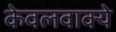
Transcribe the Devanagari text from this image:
केवलवाक्ये